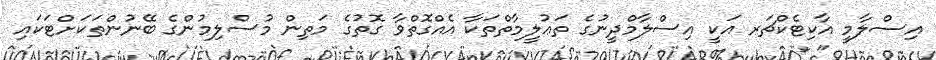
އިސްލާމީ އާކިޓެކްޗަރ އަކީ އިސްލާމްދީނުގެ ތަޢުލީމާތްތަކާ އެއްގޮތްވާ ގޮތުގެ މަތިން މުސްލިމުންގެ ބޭނުންތަކަށްޓަކައި